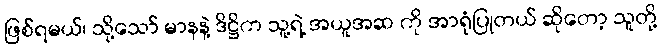
ဖြစ်ရမယ်၊ သို့သော် မာနနဲ့ ဒိဋ္ဌိက သူ့ရဲ့ အယူအဆ ကို အာရုံပြုတယ် ဆိုတော့ သူတို့